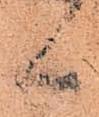
く